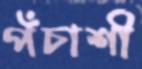
পঁচাশী